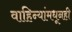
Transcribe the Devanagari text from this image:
वाहिन्यांमधूनही